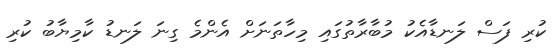
ކުރި ފަސް ލަނޑާއެކު މުބާރާތުގައި މިހާތަނަށް އެންމެ ގިނަ ލަނޑު ކާމިޔާބު ކުރި